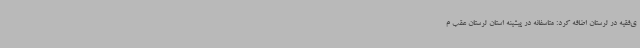
ی‌فقیه در لرستان اضافه کرد: متاسفانه در پیشینه استان لرستان عقب م